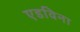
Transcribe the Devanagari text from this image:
एडविना